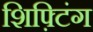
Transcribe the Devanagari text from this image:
शिफ़्टिंग